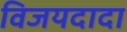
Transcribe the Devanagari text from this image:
विजयदादा